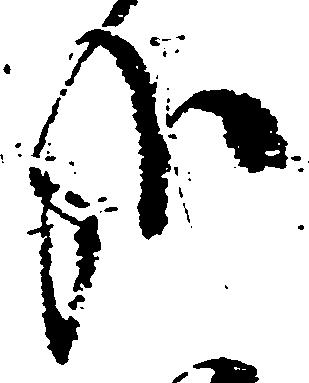
哉